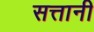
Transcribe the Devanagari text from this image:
सत्तानी